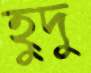
হুদু